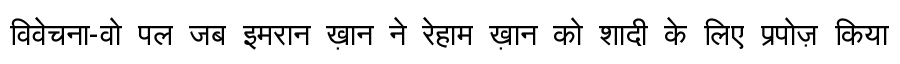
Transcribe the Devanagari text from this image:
विवेचना-वो पल जब इमरान ख़ान ने रेहाम ख़ान को शादी के लिए प्रपोज़ किया